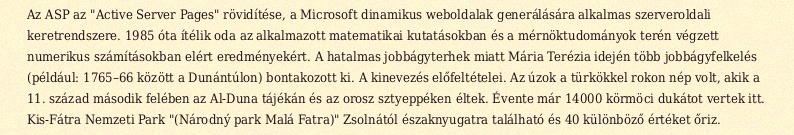
Az ASP az "Active Server Pages" rövidítése, a Microsoft dinamikus weboldalak generálására alkalmas szerveroldali keretrendszere. 1985 óta ítélik oda az alkalmazott matematikai kutatásokban és a mérnöktudományok terén végzett numerikus számításokban elért eredményekért. A hatalmas jobbágyterhek miatt Mária Terézia idején több jobbágyfelkelés (például: 1765–66 között a Dunántúlon) bontakozott ki. A kinevezés előfeltételei. Az úzok a türkökkel rokon nép volt, akik a 11. század második felében az Al-Duna tájékán és az orosz sztyeppéken éltek. Évente már 14000 körmöci dukátot vertek itt. Kis-Fátra Nemzeti Park "(Národný park Malá Fatra)" Zsolnától északnyugatra található és 40 különböző értéket őriz.